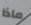
ماذا